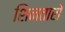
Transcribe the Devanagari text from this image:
शिनतारो